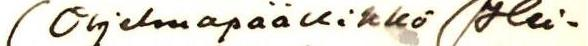
(Ohjelmapäällikkö (Hei-